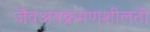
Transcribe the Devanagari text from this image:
जैवअवक्रमणशीलती